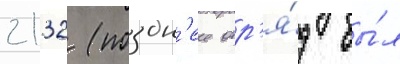
2132 (поздн'ее отр'я́д бы́л